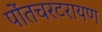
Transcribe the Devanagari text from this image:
पोंतचरटरायण